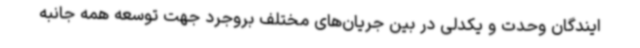
ایندگان وحدت و یکدلی در بین جریان‌های مختلف بروجرد جهت توسعه همه جانبه